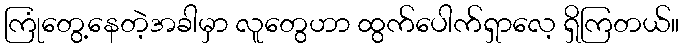
ကြုံတွေ့နေတဲ့အခါမှာ လူတွေဟာ ထွက်ပေါက်ရှာလေ့ ရှိကြတယ်။